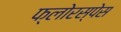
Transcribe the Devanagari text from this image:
फ्लोरस्पेस